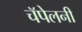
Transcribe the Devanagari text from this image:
चॅपेलनी